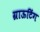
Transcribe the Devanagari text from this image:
ग्राऊटिंग